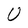
Character: U